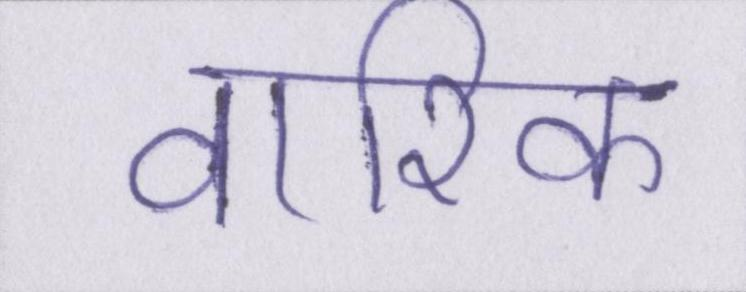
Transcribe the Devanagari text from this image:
वारिक